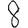
Digit: 8